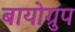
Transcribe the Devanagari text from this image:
बायोग्रुप